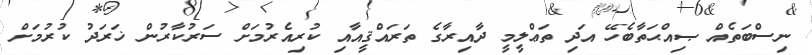
ނިސްބަތެއް ޞިއްޙަތާބެހޭ އަދި ތަޢްލީމީ ދާއިރާގެ ތަރައްޤީއާއި ކުރިއެރުމަށް ސަރުކާރުން ޚަރަދު ކުރުމަށް